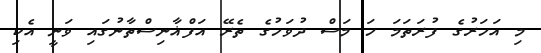
މި އަހަރުގެ ފުރަތަމަ ހަ މަސް ދުވަހުގެ ތެރޭ އަފްޣާނިސްތާނުގައި ވަނީ އެކި